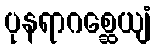
ပုနရာဂစ္ဆေယျံ